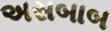
અસબાબ